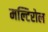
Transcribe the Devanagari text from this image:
मल्टिरोल